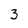
Character: 3